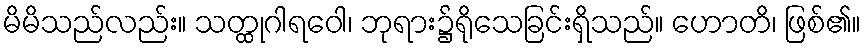
မိမိသည်လည်း။ သတ္ထုဂါရဝေါ၊ ဘုရား၌ရိုသေခြင်းရှိသည်။ ဟောတိ၊ ဖြစ်၏။